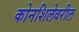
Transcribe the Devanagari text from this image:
कोनशिलेवरील